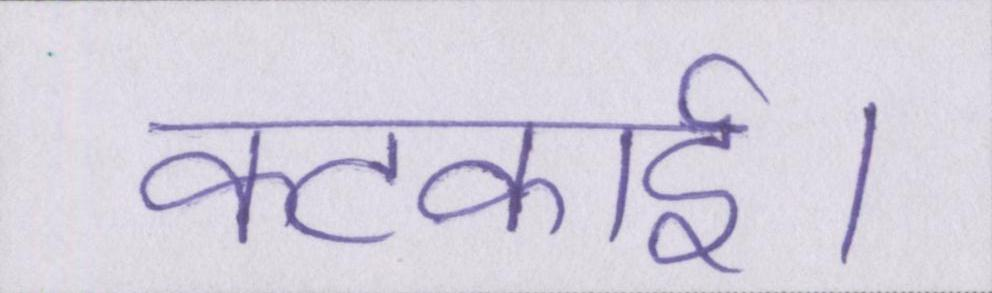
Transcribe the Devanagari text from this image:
कटकाई।